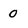
Character: 0